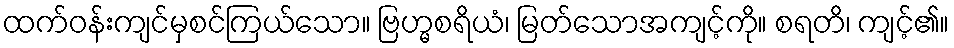
ထက်ဝန်းကျင်မှစင်ကြယ်သော။ ဗြဟ္မစရိယံ၊ မြတ်သောအကျင့်ကို။ စရတိ၊ ကျင့်၏။